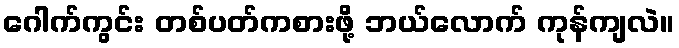
ဂေါက်ကွင်း တစ်ပတ်ကစားဖို့ ဘယ်လောက် ကုန်ကျလဲ။